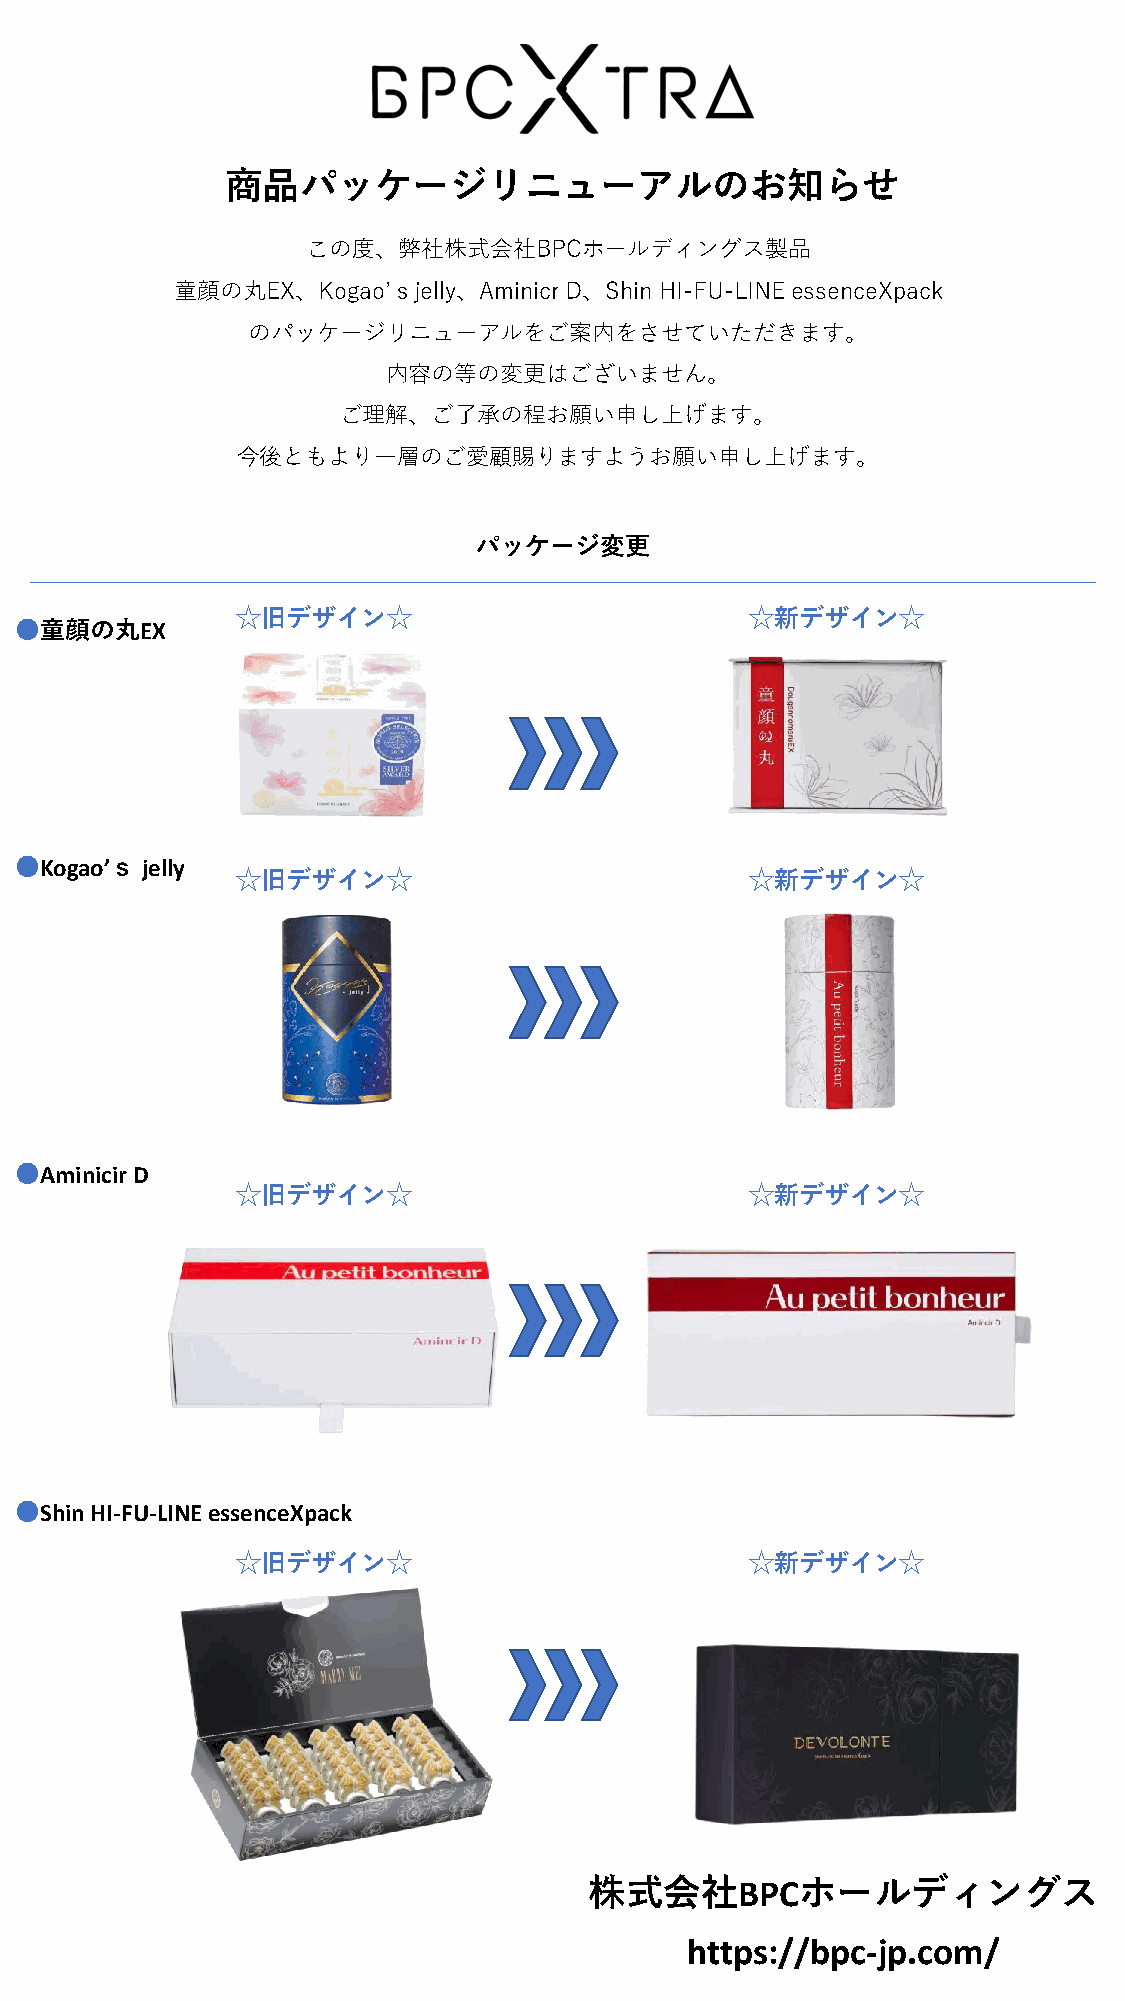
商品パッケージリニューアルのお知らせ
 この度、弊社株式会社BPCホールディングス製品
 童顔の丸EX、Kogao’ｓjelly、AminicrD、Shin HI-FU-LINE essenceXpack
 のパッケージリニューアルをご案内をさせていただきます。
 内容の等の変更はございません。
 ご理解、ご了承の程お願い申し上げます。
 今後ともより一層のご愛顧賜りますようお願い申し上げます。
 パッケージ変更
 ☆旧デザイン☆                           ☆新デザイン☆
 ●童顔の丸EX
 ●Kogao’ｓ jelly
 ☆旧デザイン☆                           ☆新デザイン☆
 ●AminicirD
 ☆旧デザイン☆                           ☆新デザイン☆
 ●Shin HI-FU-LINE essenceXpack
 ☆旧デザイン☆                           ☆新デザイン☆
 株式会社BPCホールディングス
 https://bpc-jp.com/